Civil Veterinary Department Bihar & Orissa reports 1929-36 - 1929-1936
Year: 1929
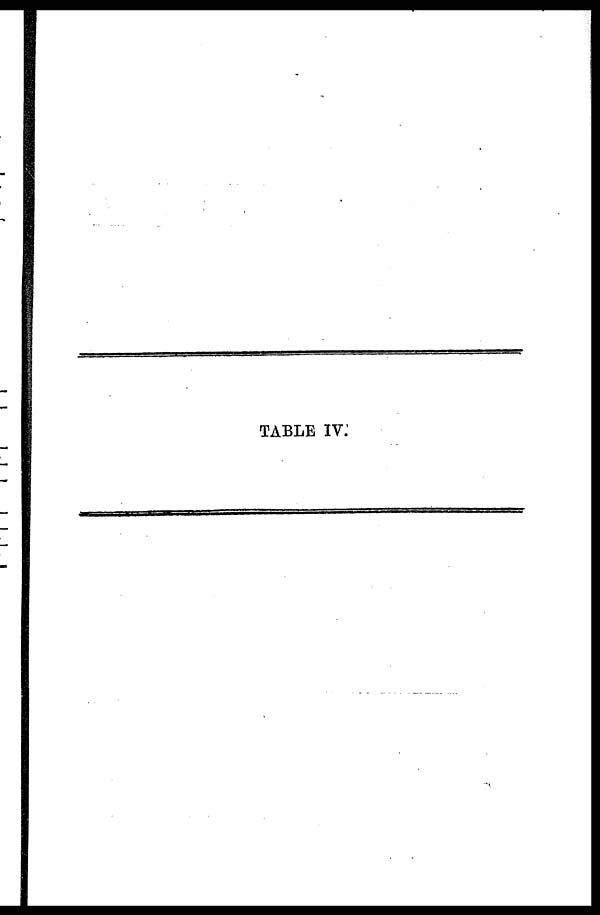
TABLE IV.